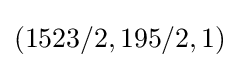
(1523/2,195/2,1)